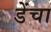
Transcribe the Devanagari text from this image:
डेंचा